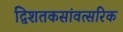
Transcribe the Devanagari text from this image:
द्विशतकसांवत्सरिक